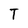
Character: T